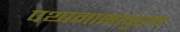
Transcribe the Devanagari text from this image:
पथ्पनाभापुरम